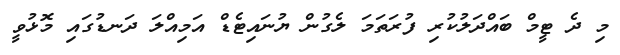
މި ދެ ޓީމް ބައްދަލުކުރި ފުރަތަމަ ލެގުން ޔުނައިޓެޑް އަމިއްލަ ދަނޑުގައި މޮޅުވީ